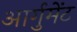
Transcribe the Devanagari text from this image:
आर्गुमेंट